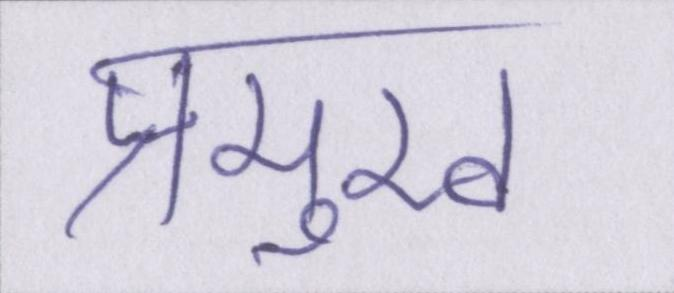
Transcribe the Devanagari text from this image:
प्रमुख